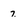
Character: 2